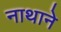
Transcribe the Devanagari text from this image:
नाथाने